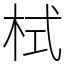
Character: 栻